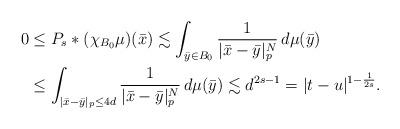
LaTeX: \begin{align*}0&\leq P_s*(\chi_{B_0}\mu)(\bar x) \lesssim \int_{\bar y\in B_0} \frac1{|\bar x- \bar y|_p^N}\,d\mu(\bar y) \\&\leq \int_{|\bar x-\bar y|_p\leq 4d} \frac1{|\bar x- \bar y|_p^N}\,d\mu(\bar y)\lesssim d^{2s-1} =|t-u|^{1-\frac1{2s}}.\end{align*}